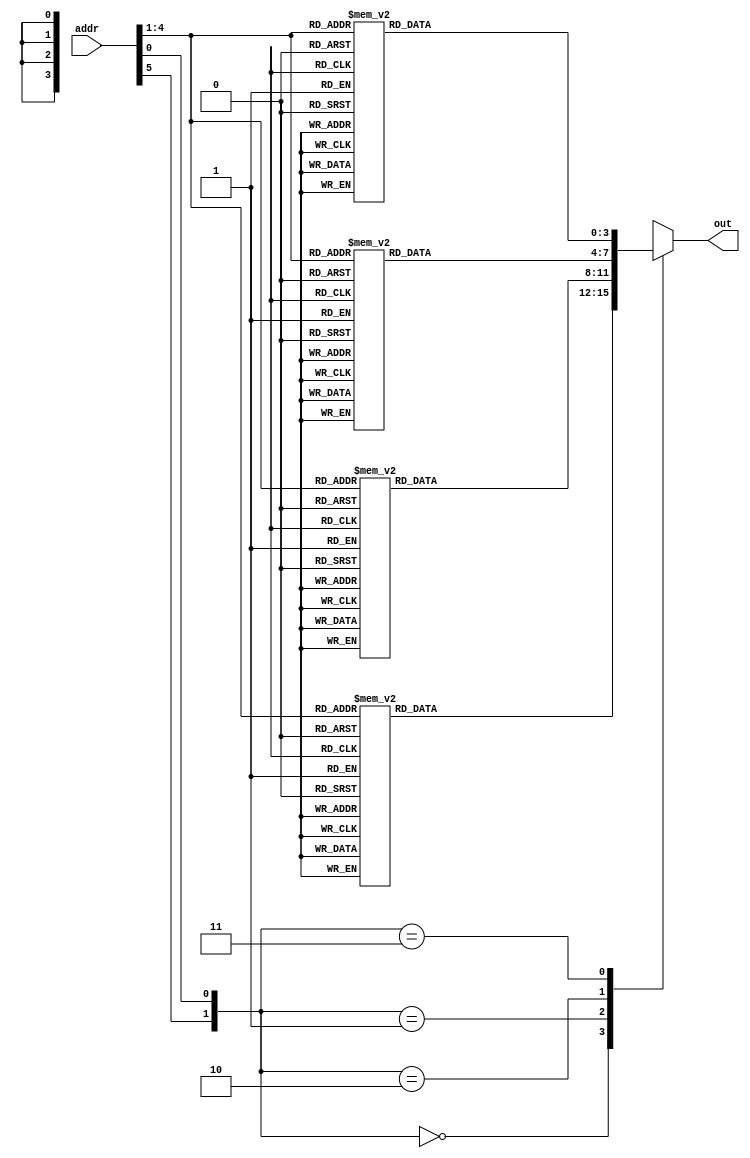
module S5_ROM(addr, out);

	input [5:0] addr;
	output reg [3:0] out;

	wire [1:0] row;
	wire [3:0] col;

	assign row = {addr[5], addr[0]};
	assign col = addr[4:1];

	always @(addr) begin
		case(row)

			0:
				case(col)
					0: out = 2;
					1: out = 12;
					2: out = 4;
					3: out = 1;
					4: out = 7;
					5: out = 10;
					6: out = 11;
					7: out = 6;
					8: out = 8;
					9: out = 5;
					10: out = 3;
					11: out = 15;
					12: out = 13;
					13: out = 0;
					14: out = 14;
					15: out = 9;
				endcase

			1:
				case(col)
                                        0: out = 14;
                                        1: out = 11;
                                        2: out = 2;
                                        3: out = 12;
                                        4: out = 4;
                                        5: out = 7;
                                        6: out = 13;
                                        7: out = 1;
                                        8: out = 5;
                                        9: out = 0;
                                        10: out = 15;
                                        11: out = 10;
                                        12: out = 3;
                                        13: out = 9;
                                        14: out = 8;
                                        15: out = 6;
				endcase

			2:
				case(col)
                                        0: out = 4;
                                        1: out = 2;
                                        2: out = 1;
                                        3: out = 11;
                                        4: out = 10;
                                        5: out = 13;
                                        6: out = 7;
                                        7: out = 8;
                                        8: out = 15;
                                        9: out = 9;
                                        10: out = 12;
                                        11: out = 5;
                                        12: out = 6;
                                        13: out = 3;
                                        14: out = 0;
                                        15: out = 14;

				endcase

			3:
				case(col)
                                        0: out = 11;
                                        1: out = 8;
                                        2: out = 12;
                                        3: out = 7;
                                        4: out = 1;
                                        5: out = 14;
                                        6: out = 2;
                                        7: out = 13;
                                        8: out = 6;
                                        9: out = 15;
                                        10: out = 0;
                                        11: out = 9;
                                        12: out = 10;
                                        13: out = 4;
                                        14: out = 5;
                                        15: out = 3;
				endcase
		endcase
	end 	

endmodule